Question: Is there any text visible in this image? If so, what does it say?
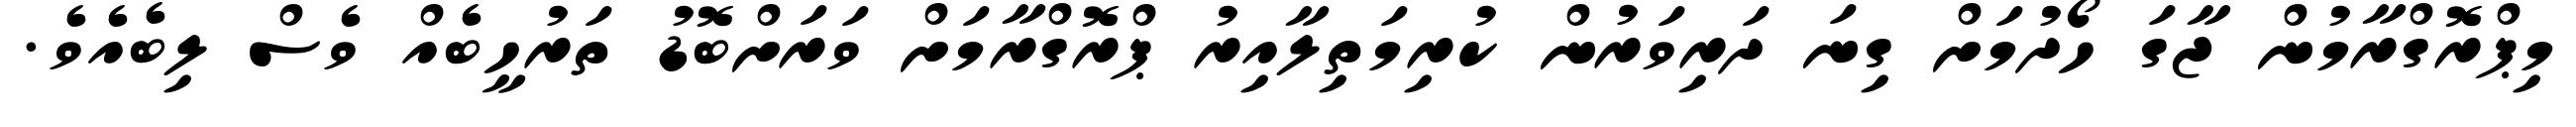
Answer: މިޕްރޮގްރާމުން ޖާގަ ހޯދުމަށް ގިނަ ދަރިވަރުން ކުރިމަތިލާއިރު ޕްރޮގްރާމަށް ވަރަށްބޮޑު ތަރުހީބެއް ވެސް ލިބެއެވެ.